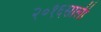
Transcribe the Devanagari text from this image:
२०१६साली